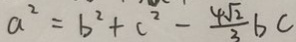
a ^ { 2 } = b ^ { 2 } + c ^ { 2 } - \frac { 4 \sqrt { 2 } } { 3 } b c